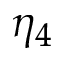
\eta _ { 4 }